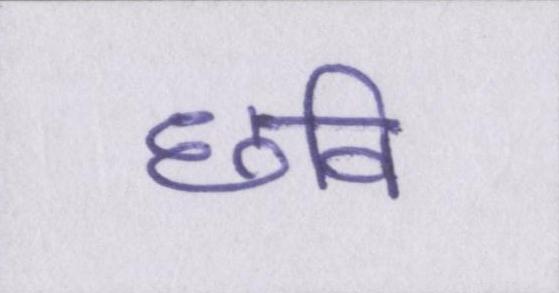
छवि